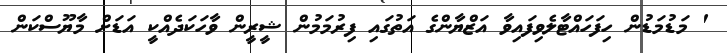
' މަޑުމަޑުން ހިފަހައްޓާލެވިފައިވާ އަޒްޔާންގެ އަތުގައި ފިރުމަމުން ޝީރީން ވާހަކަދެއްކީ އަޑަށް މާޔޫސްކަން